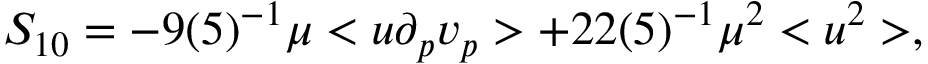
S _ { 1 0 } = - 9 ( 5 ) ^ { - 1 } \mu < u \partial _ { p } v _ { p } > + 2 2 ( 5 ) ^ { - 1 } \mu ^ { 2 } < u ^ { 2 } > ,